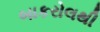
બાકરોલથી